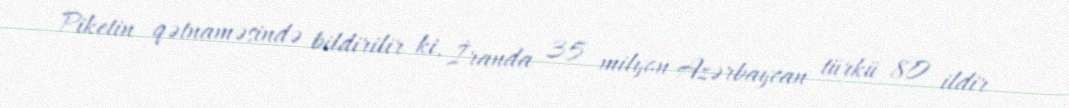
Piketin qətnaməsində bildirilir ki, İranda 35 milyon Azərbaycan türkü 80 ildir